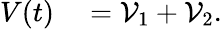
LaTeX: \begin{array}{rl}{V(t)}&{{}={\cal V}_{1}+{\cal V}_{2}.}\end{array}